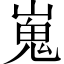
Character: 嵬